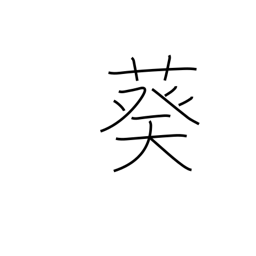
Meaning: hollyhock